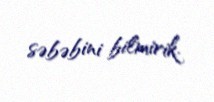
səbəbini bilmirik.